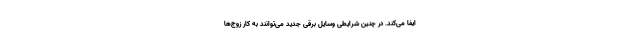
ایفا می‌کند. در چنین شرایطی وسایل برقی جدید می‌توانند به کار زوج‌ها